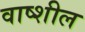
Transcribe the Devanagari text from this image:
वाष्शील